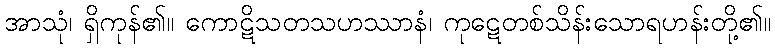
အာသုံ၊ ရှိကုန်၏။ ကောဋိသတသဟဿာနံ၊ ကုဋေတစ်သိန်းသောရဟန်းတို့၏။